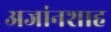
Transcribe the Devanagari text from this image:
अजांनशाह